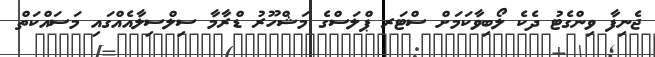
ޖެނިފާ ވިންގެޓު ދެކެ ލޯބިވާކަމަށް ސްޓަރ ޕްލަސްގެ މަޝްހޫރު ޑްރާމާ ސިލްސިލާއެއްގައި މަސައްކަތް